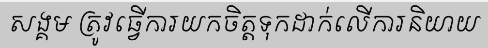
សង្គម ត្រូវធ្វើការយកចិត្តទុកដាក់លើការនិយាយ